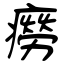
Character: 癆